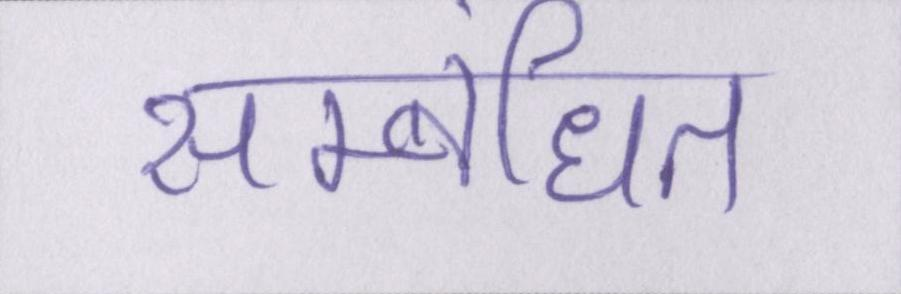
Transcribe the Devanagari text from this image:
सम्बंधित